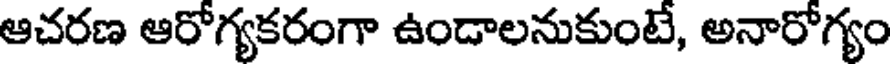
ఆచరణ ఆరోగ్యకరంగా ఉండాలనుకుంటే, అనారోగ్యం